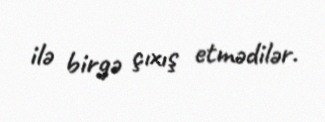
ilə birgə çıxış etmədilər.